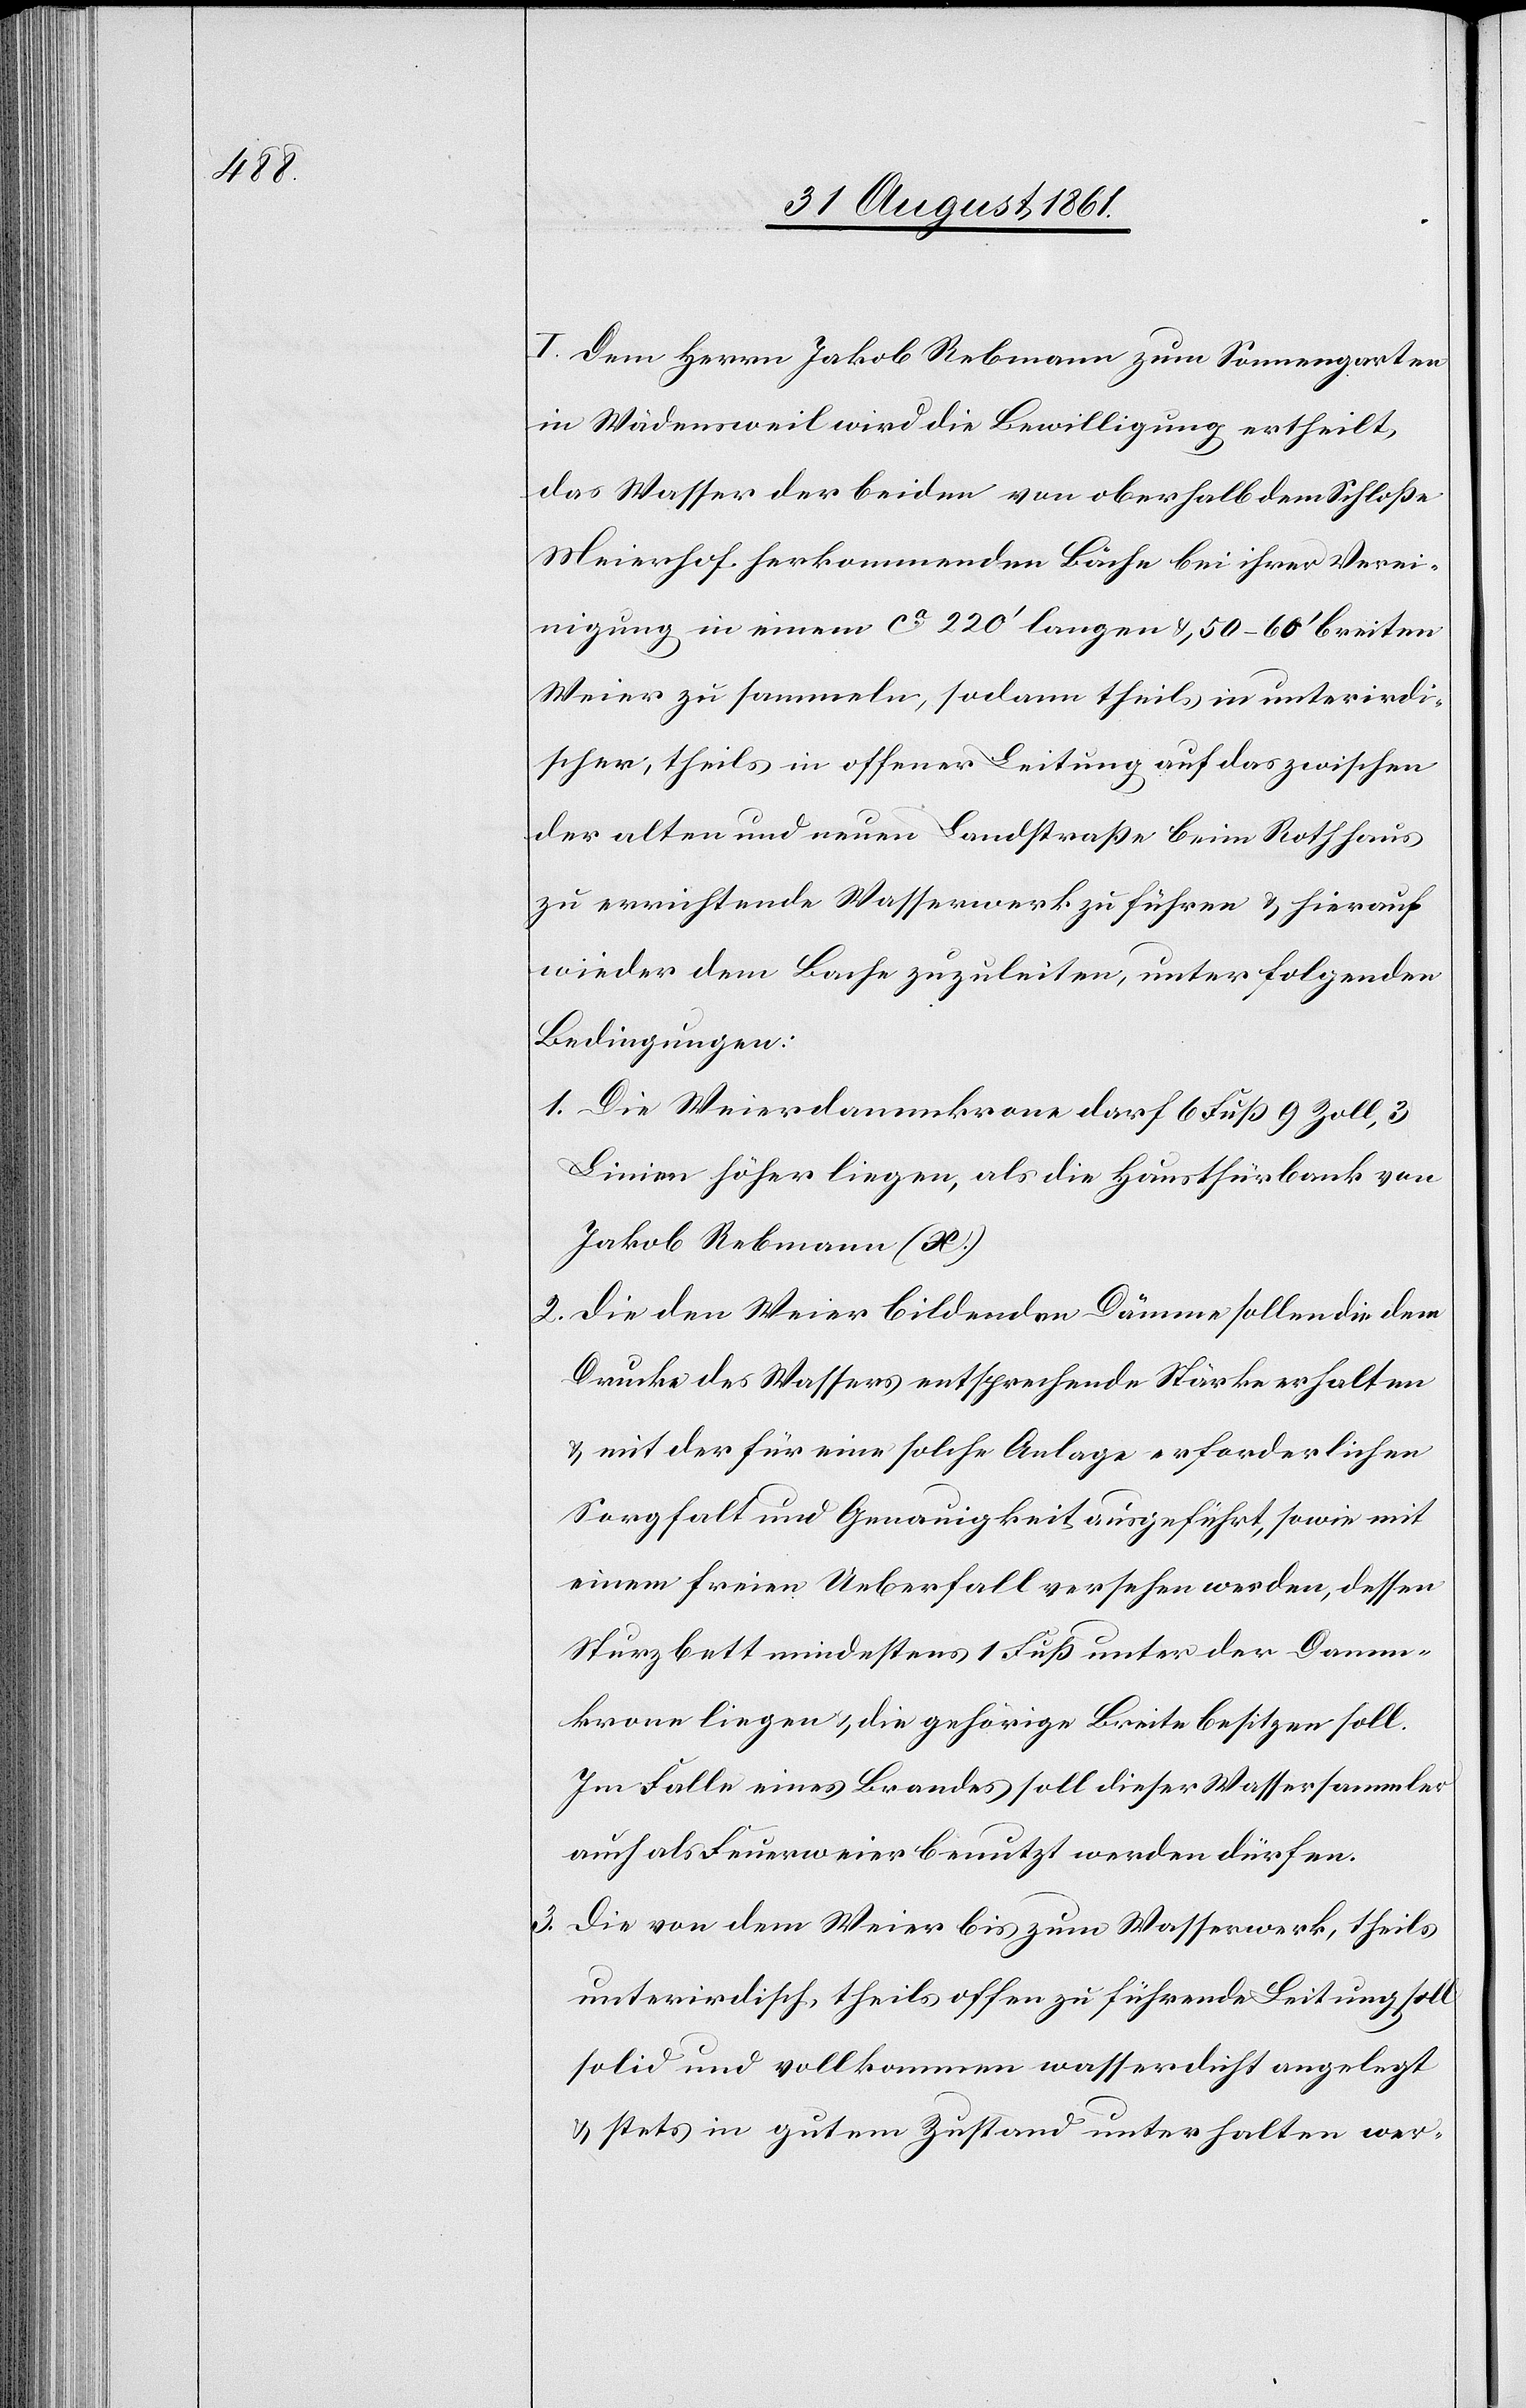
I. Dem Herrn Jakob Rebmann zum Sonnengarten
in Wädensweil wird die Bewilligung ertheilt,
das Wasser der beiden von oberhalb dem Schloße
Meierhof herkommenden Bäche bei ihrer Verei¬
nigung in einem ca 220’ langen u. 50–60’ breiten
Weier zu sammeln, sodann theils in unterirdi¬
scher, theils in offener Leitung auf das zwischen
der alten und neuen Landstraße beim Rathhaus
zu errichtende Wasserwerk zu führen u. hierauf
wieder dem Bache zuzuleiten, unter folgenden
Bedingungen.
1. Die Weierdammkrone darf 6 Fuß 9 Zoll, 3
Linien höher liegen, als die Hausthürbank von
Jakob Rebmann (x.)
2. Die den Weier bildenden Dämme sollen die dem
Drucke des Wassers entsprechende Stärke erhalten
u. mit der für eine solche Anlage erforderlichen
Sorgfalt und Genauigkeit ausgeführt, sowie mit
einem freien Ueberfall versehen werden, dessen
Sturzbett mindestens 1 Fuß unter der Damm¬
krone liegen u. die gehörige Breite besitzen soll.
Im Falle eines Brandes soll dieser Wassersammler
auch als Feuerweier benutzt werden dürfen.
3. Die von dem Weier bis zum Wasserwerk, theils
unterirdisch theils offen zu führende Leitung soll
solid und vollkommen wasserdicht angelegt
u. stets in gutem Zustand unterhalten wer-